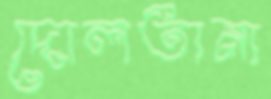
দোলতানা